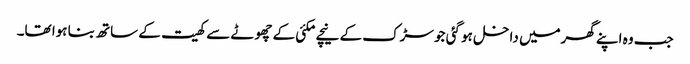
جب وہ اپنے گھرمیں داخل ہو گئی جو سڑک کے نیچے مکئی کے چھوٹے سے کھیت کے ساتھ بنا ہوا تھا۔